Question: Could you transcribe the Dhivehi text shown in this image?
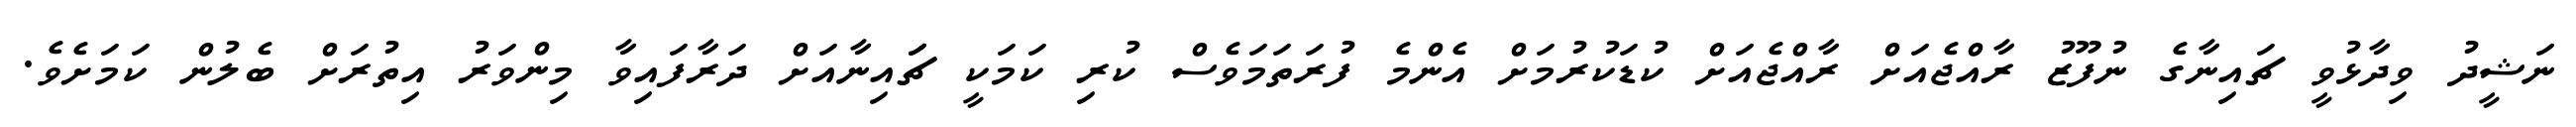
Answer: ނަޝީދު ވިދާޅުވީ ޗައިނާގެ ނުފޫޒު ރާއްޖެއަށް ރާއްޖެއަށް ކުޑަކުރުމަށް އެންމެ ފުރަތަމަވެސް ކުރި ކަމަކީ ޗަައިނާއަށް ދަރާފައިވާ މިންވަރު އިތުރަށް ބެލުން ކަމަށެވެ.